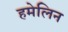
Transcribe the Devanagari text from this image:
हमेलिन